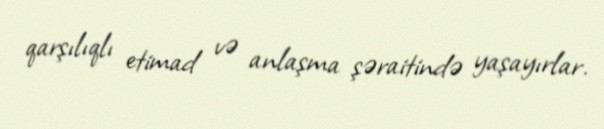
qarşılıqlı etimad və anlaşma şəraitində yaşayırlar.